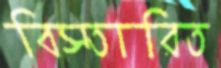
বিস্তারিত